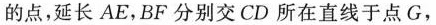
的点，延长AE，BF分别交CD所在直线于点G，